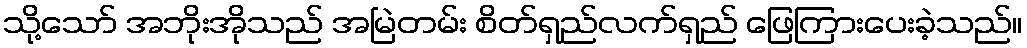
သို့သော် အဘိုးအိုသည် အမြဲတမ်း စိတ်ရှည်လက်ရှည် ဖြေကြားပေးခဲ့သည်။